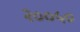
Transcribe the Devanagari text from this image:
२००५०